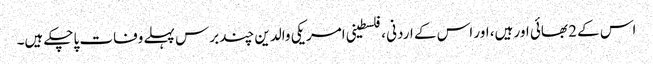
اس کے 2 بھائی اور ہیں، اور اس کے اردنی ،فلسطینی امریکی والدین چند برس پہلے وفات پاچکے ہیں۔